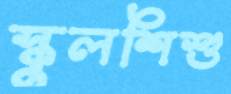
স্কুলশিশু